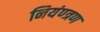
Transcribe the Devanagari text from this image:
नियंण्त्रण